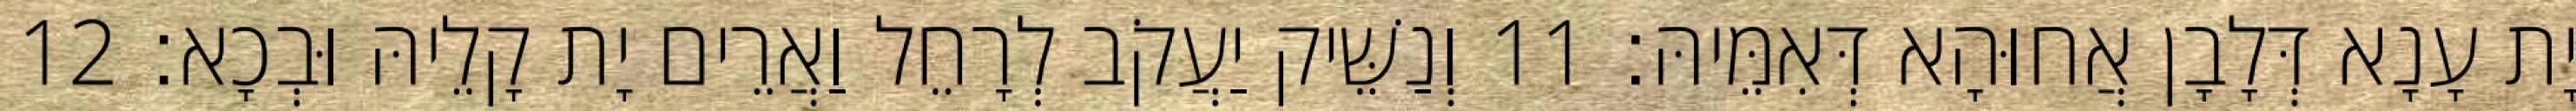
יָת עָנָא דְּלָבָן אֲחוּהָא דְּאִמֵּיהּ׃ 11 וְנַשֵּׁיק יַעֲקֹב לְרָחֵל וַאֲרֵים יָת קָלֵיהּ וּבְכָא׃ 12